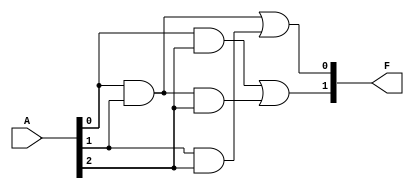
module masked_pal (
    input wire [n-1:0] A,  // Input signals (A, B, C, etc.)
    output wire [o-1:0] F  // Output signals (F1, F2, etc.)
);
    // Parameter definitions
    parameter n = 3; // Number of inputs
    parameter m = 4; // Number of fixed AND product terms
    parameter o = 2; // Number of outputs

    // Internal wires for AND outputs
    wire [m-1:0] P; // Product terms from AND array

    // Fixed AND array (example connections)
    assign P[0] = A[0] & A[1];            // P1 = A1 AND A2
    assign P[1] = A[1] & A[2];            // P2 = A2 AND A3
    assign P[2] = A[0] & A[2];            // P3 = A1 AND A3
    assign P[3] = A[0] & A[1] & A[2];     // P4 = A1 AND A2 AND A3

    // Programmable OR array (example connections)
    // You can modify these connections based on your specific programming needs
    assign F[0] = P[0] | P[1];            // F1 = P1 OR P2
    assign F[1] = P[2] | P[3];            // F2 = P3 OR P4

endmodule